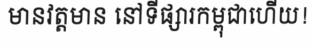
មានវត្តមាន នៅទីផ្សារកម្ពុជាហើយ!